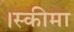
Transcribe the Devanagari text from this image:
।स्कीमा